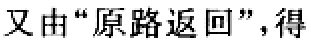
又由“原路返回”，得